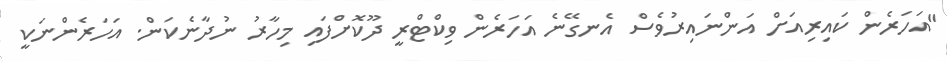
"އަހަރެން ކައިރިއަށް އަންނައިރުވެސް އެނގޭނެ އަހަރެން ވިކްޓްރީ ދޫކޮށްފައި މިހާރު ނުދާނެކަން. އަހަރެންނަކީ